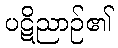
ပဋိညာဉ်၏